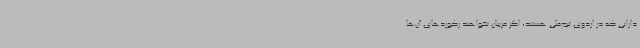
دارانی که در اردوی تیم‌ملی هستند، اگر مربیان نخواهند رکوردهای آن‌ها